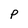
Character: p